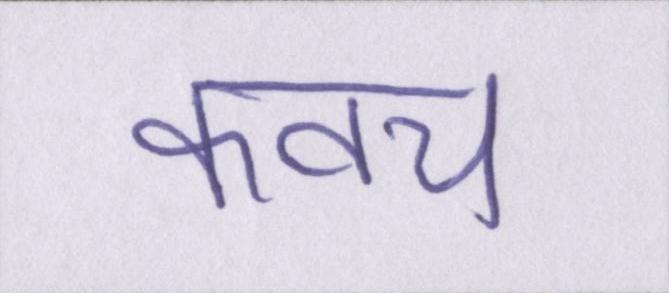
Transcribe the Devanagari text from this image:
कवच